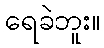
ရေခဲဘူး။